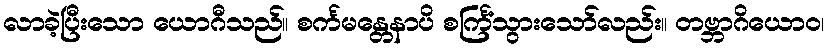
လာခဲ့ပြီးသော ယောဂီသည်။ စင်္ကမန္တေနာပိ စင်္ကြံသွားသော်လည်း။ တဗ္ဘာဂိယောဝ၊